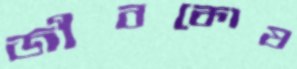
জীবকোষ